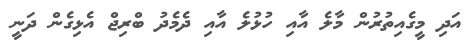
އަދި މީގެއިތުރުން މާލެ އާއި ހުޅުލެ އާއި ދެމެދު ބްރިޖް އެޅިގެން ދަނީ